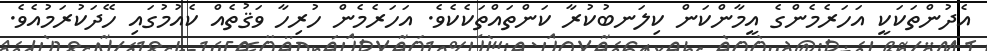
އެދުންތަކަކީ އަހަރެމެންގެ އީމާންކަން ކިލަނބުކުރާ ކަންތައްތަކެކެވެ. އަހަރެމެން ހުރިހާ ވަޤުތެއް ކެއުމުގައި ހޭދަކުރަމުއެވެ.